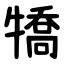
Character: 犞